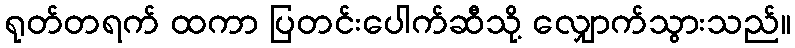
ရုတ်တရက် ထကာ ပြတင်းပေါက်ဆီသို့ လျှောက်သွားသည်။